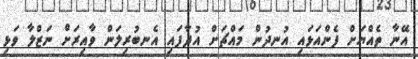
އޭނާ ތެއްޔަށް ފެންއަޅައި އުނދުން މައްޗަށް އުދާފައި އެނބުރިލަން ވާއިރަށް ނަޒްލާ ވަޅި